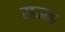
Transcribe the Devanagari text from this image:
राजड